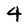
Character: 4